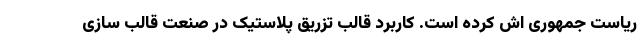
ریاست جمهوری اش کرده است. کاربرد قالب تزریق پلاستیک در صنعت قالب سازی